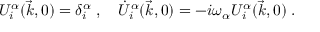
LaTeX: U _ { i } ^ { \alpha } ( \vec { k } , 0 ) = \delta _ { i } ^ { \alpha } \; , \quad \dot { U } _ { i } ^ { \alpha } ( \vec { k } , 0 ) = - i \omega _ { \alpha } U _ { i } ^ { \alpha } ( \vec { k } , 0 ) \; .